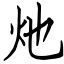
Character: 灺